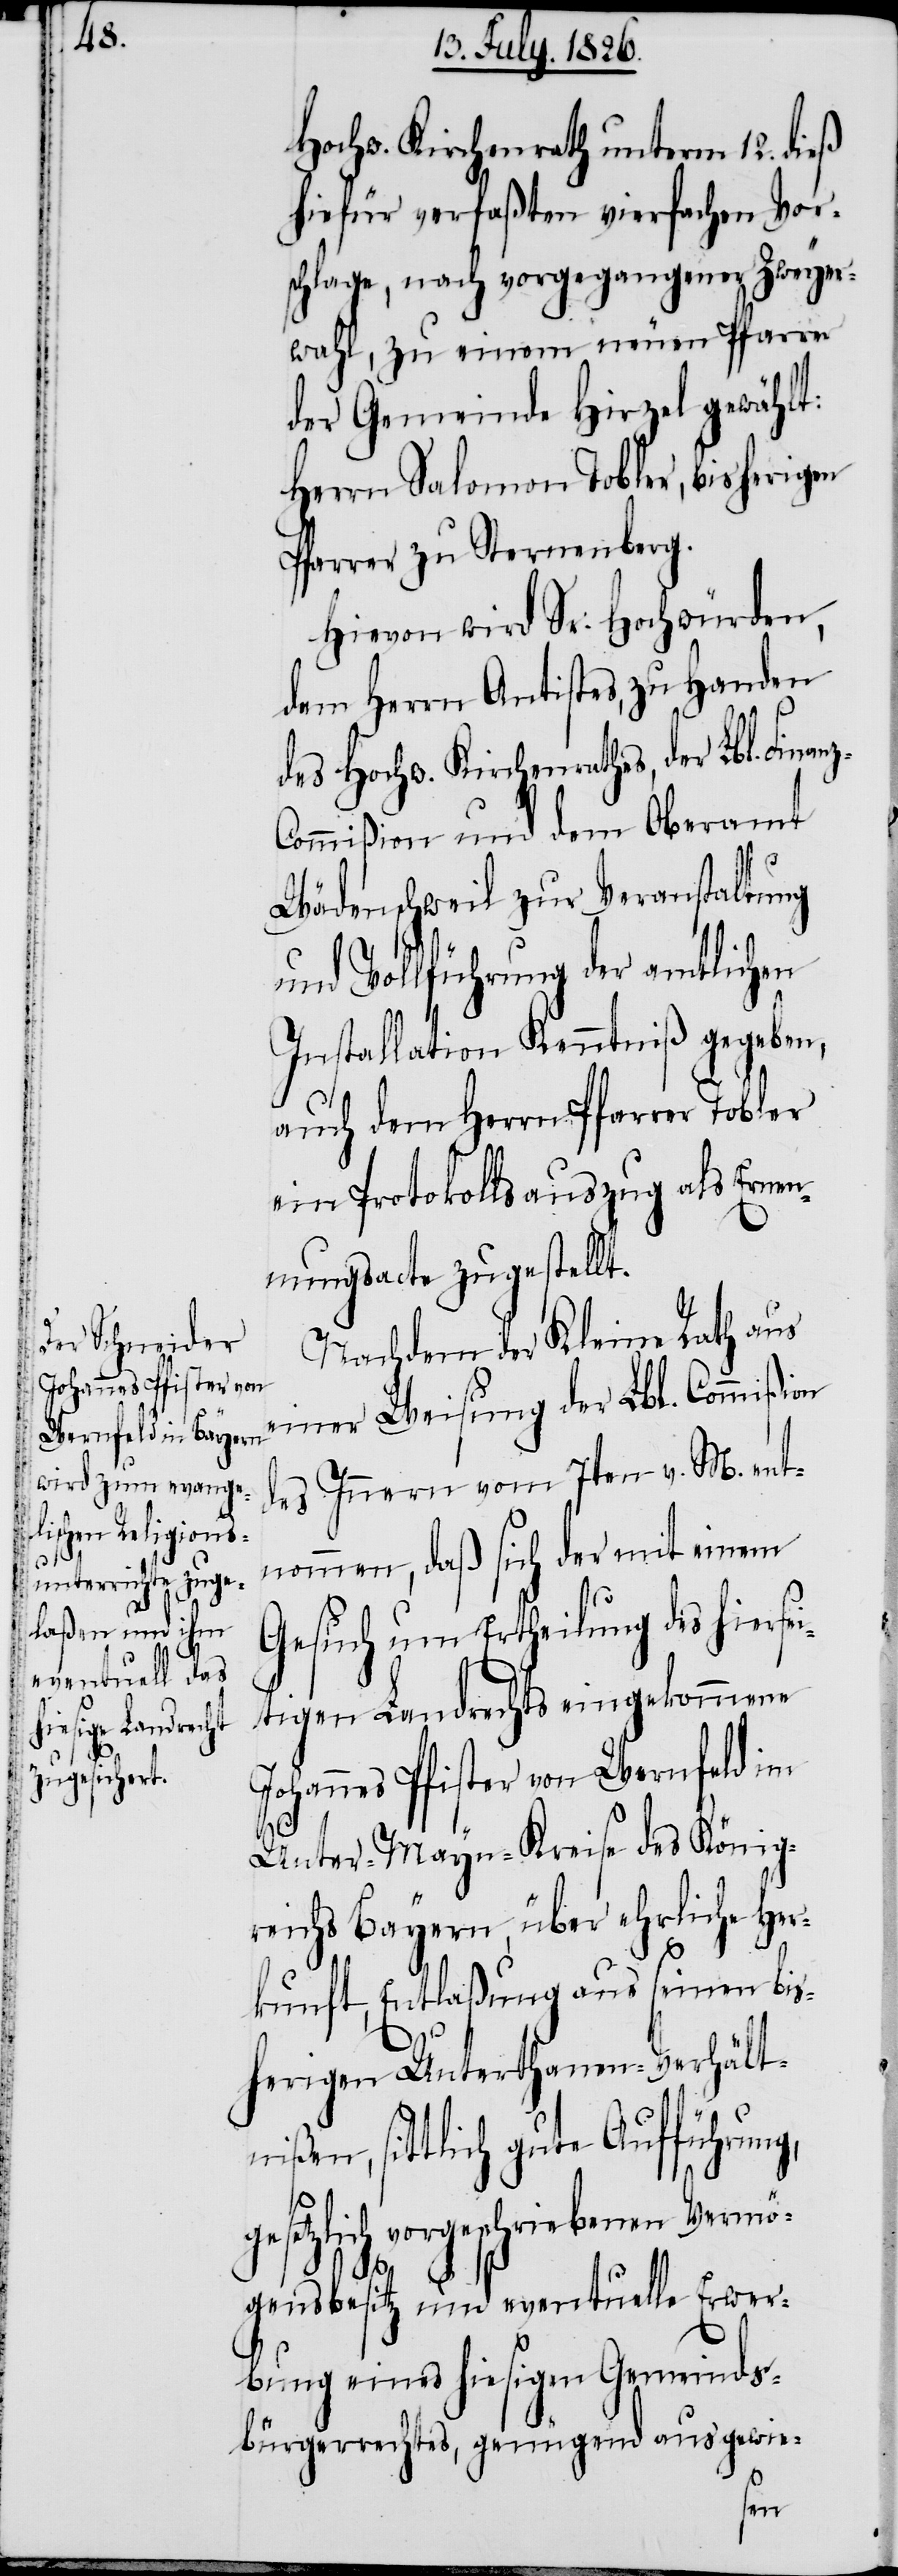
Hochw. Kirchenrath unterm 12. dieß
hiefür verfaßten vierfachen Vor¬
schlage, nach vorgegangener Zweyer¬
wahl, zu einem neuen Pfarrer
der Gemeinde Hirzel gewählt:
Herrn Salomon Tobler, bisherigen
Pfarrer zu Sternenberg.
Hievon wird Sr. Hochwürden,
dem Herrn Antistes, zu Handen
des Hochw. Kirchenrathes, der Lbl. Fina¬
ommißion und dem Oberamt
Wädenschweil zur Veranstaltung
und Vollführung der amtlichen
Installation Kenntniß gegeben,
auch dem Herrn Pfarrer Tobler
ein Protokollsauszug als Ernen¬
nungsacte zugestellt.
Nachdem der Kleine Rath aus
einer Weisung der Lbl. Commißion
des Innern vom 7ten v. M. ent¬
nommen, daß sich der mit einem
Gesuch um Ertheilung des hierse¬
itigen Landrechts eingekommene
Johannes Pfister von Wernfeld im
Unter-Mayn-Kreise des König¬
reich Bayern, über ehrliche Her¬
kunft, Entlaßung aus seinen bis¬
herigen Unterthanen-Verhält¬
nißen, sittlich gute Aufführung,
gesetzlich vorgeschriebenen Vermö¬
nz-C¬
gensbesitz und eventuelle Erwer¬
bung eins hiesigen Gemeinds¬
bürgerrechtes, genügend ausgewie-